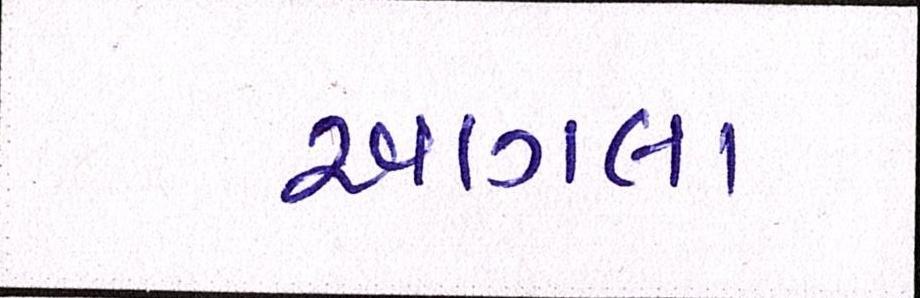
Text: આગલા